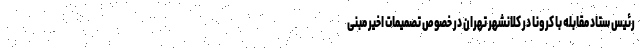
رئیس ستاد مقابله با کرونا در کلانشهر تهران در خصوص تصمیمات اخیر مبنی